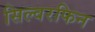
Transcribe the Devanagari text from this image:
सिल्वरफिन